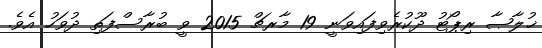
ޚުލާޞާ ރިޕޯޓު ދޫކުރެވިފައިވަނީ 19 މާރޗް 2015 ވީ ބުރާސްފަތި ދުވަހު އެވެ.